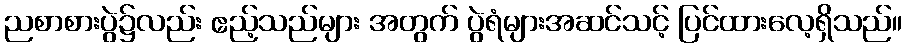
ညစာစားပွဲ၌လည်း ဧည့်သည်များ အတွက် ပွဲရံများအဆင်သင့် ပြင်ထားလေ့ရှိသည်။